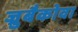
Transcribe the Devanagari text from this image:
ज्रुबैकोवा